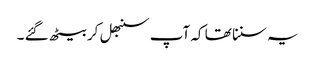
یہ سننا تھا کہ آپ سنبھل کر بیٹھ گئے ۔